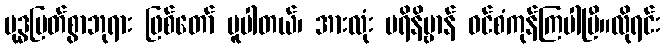
ဗုဒ္ဓမြတ်စွာဘုရား ဖြစ်တော် မူပါတယ်၊ အားလုံး ပရိနိဗ္ဗာန် ဝင်စံကုန်ကြပါပြီ။လိုရင်း